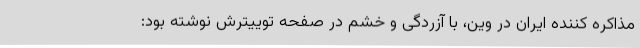
مذاکره کننده ایران در وین، با آزردگی و خشم در صفحه توییترش نوشته بود: